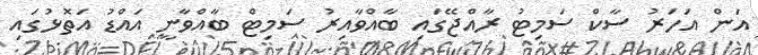
އަން އަހަރު ސާކް ސަމިޓު ރާއްޖޭގައި ބާއްވާއިރު ސަމިޓް ބާއްވާނީ އައްޑު އަތޮޅުގައި